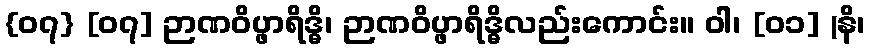
{၀၇} [၀၇] ဉာဏဝိပ္ဖာရိဒ္ဓိ၊ ဉာဏဝိပ္ဖာရိဒ္ဓိလည်းကောင်း။ ဝါ၊ [၀၁] (နိ၊